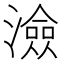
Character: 澰